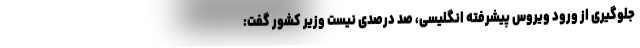
جلوگیری از ورود ویروس پیشرفته انگلیسی، صد درصدی نیست وزیر کشور گفت: